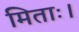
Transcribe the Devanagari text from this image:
मिताः।